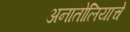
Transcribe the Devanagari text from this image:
अनातोलियाचे